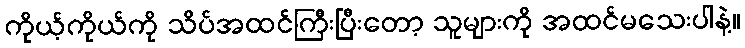
ကိုယ့်ကိုယ်ကို သိပ်အထင်ကြီးပြီးတော့ သူများကို အထင်မသေးပါနဲ့။